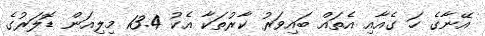
އޭނާގެ ހަ ގެއާއި އެތައް ބައިވަރު ކާރުތަކާ އެކު 13.4 މިލިއަން ޑޮލަރުގެ